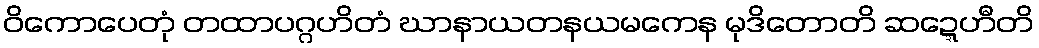
ဝိကောပေတုံ တထာပဂ္ဂဟိတံ ဃာနာယတနယမကေန မုဒိတောတိ ဆဍ္ဍေဟီတိ